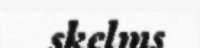
skelms